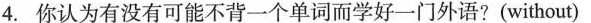
4.你认为有没有可能不背一个单词而学好一门外语?(without)